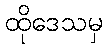
ထိုဒေသမှ